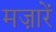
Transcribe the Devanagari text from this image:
मज़ारें